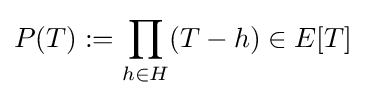
P(T):=\prod _{h\in H}(T-h)\in E[T]